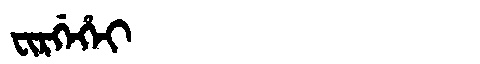
Manchu: ᠸᡳᡵᡤᡝᡥᡝᡳ
Romanization: FIRGEHEI